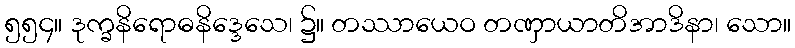
၅၅၄။ ဒုက္ခနိရောဓနိဒ္ဒေသေ၊ ၌။ တဿာယေဝ တဏှာယာတိအာဒိနာ၊ သော။